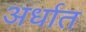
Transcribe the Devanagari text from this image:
अर्धात